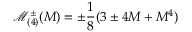
\mathcal { M } _ { ( 4 ) } ^ { \pm } ( M ) = \pm \frac { 1 } { 8 } ( 3 \pm 4 M + M ^ { 4 } )